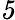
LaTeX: \mathit 5